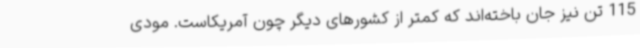
115 تن نیز جان باخته‌اند که کمتر از کشورهای دیگر چون آمریکاست. مودی